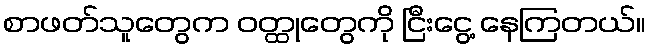
စာဖတ်သူတွေက ဝတ္ထုတွေကို ငြီးငွေ့ နေကြတယ်။